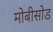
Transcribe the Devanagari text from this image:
मोबीसोड